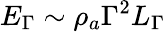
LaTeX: E_{\Gamma}\sim\rho_{a}\Gamma^{2}L_{\Gamma}